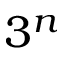
3 ^ { n }